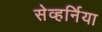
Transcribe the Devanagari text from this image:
सेव्हर्निया